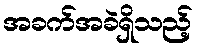
အခက်အခဲရှိသည့်